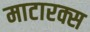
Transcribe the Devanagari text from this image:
माटारक्स